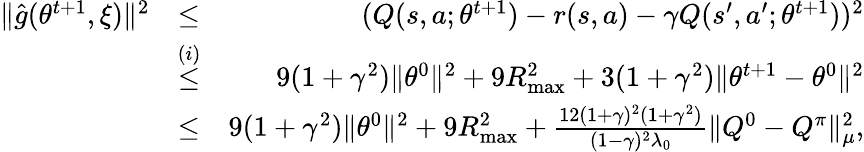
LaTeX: \begin{array}{rlr}{\| \hat{g}(\theta^{t+1},\xi)\| ^{2}}&{\leq}&{(Q(s,a;\theta^{t+1})-r(s,a)-\gamma Q(s^{\prime},a^{\prime};\theta^{t+1}))^{2}}\\ &{\overset{(i)}{\leq}}&{9(1+\gamma^{2})\| \theta^{0}\| ^{2}+9R_{\operatorname*{max}}^{2}+3(1+\gamma^{2})\| \theta^{t+1}-\theta^{0}\| ^{2}}\\ &{\leq}&{9(1+\gamma^{2})\| \theta^{0}\| ^{2}+9R_{\operatorname*{max}}^{2}+\frac{12(1+\gamma)^{2}(1+\gamma^{2})}{(1-\gamma)^{2}\lambda_{0}}\| Q^{0}-Q^{\pi}\| _{\mu}^{2},}\end{array}